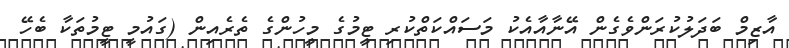
އާޒިމް ބަދަލުކުރަންވެގެން އޭނާއާއެކު މަސައްކަތްކުރި ޓީމުގެ މީހުންގެ ތެރެއިން (ގައުމީ ޓީމުތަކާ ބެހޭ